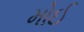
મોઈ